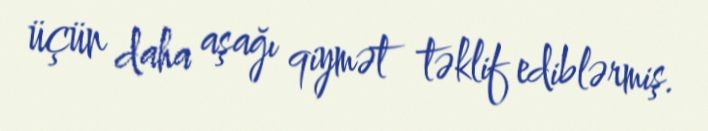
üçün daha aşağı qiymət təklif ediblərmiş.